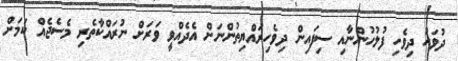
ދުވަހު ދިވެހި ފުލުހުންނާއި ސިފައިން ދިވެހިރައްޔިތުންނަށް އެދެއްވީ ވަރަށް ނުރައްކާތެރި މެސެޖެއް ކަމަށް